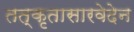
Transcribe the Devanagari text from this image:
तत्कृतासारवेदेन